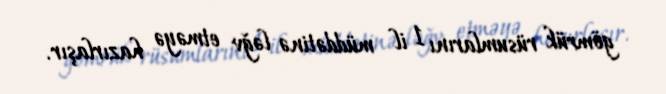
gömrük rüsumlarını 1 il müddətinə ləğv etməyə hazırlaşır.